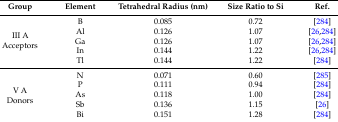
<table><thead><tr><td><b>Group</b></td><td><b>Element</b></td><td><b>Tetrahedral Radius (nm)</b></td><td><b>Size Ratio to Si</b></td><td><b>Ref.</b></td></tr></thead><tbody><tr><td rowspan="5">III AAcceptors</td><td>B</td><td>0.085</td><td>0.72</td><td>[284]</td></tr><tr><td>Al</td><td>0.126</td><td>1.07</td><td>[26,284]</td></tr><tr><td>Ga</td><td>0.126</td><td>1.07</td><td>[26,284]</td></tr><tr><td>In</td><td>0.144</td><td>1.22</td><td>[26,284]</td></tr><tr><td>Tl</td><td>0.144</td><td>1.22</td><td>[284]</td></tr><tr><td rowspan="5">V ADonors</td><td>N</td><td>0.071</td><td>0.60</td><td>[285]</td></tr><tr><td>P</td><td>0.111</td><td>0.94</td><td>[284]</td></tr><tr><td>As</td><td>0.118</td><td>1.00</td><td>[284]</td></tr><tr><td>Sb</td><td>0.136</td><td>1.15</td><td>[26]</td></tr><tr><td>Bi</td><td>0.151</td><td>1.28</td><td>[284]</td></tr></tbody></table>